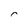
Character: r